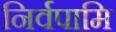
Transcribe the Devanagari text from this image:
निर्वपामि